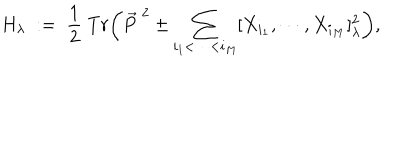
LaTeX: H _ { \lambda } \; : = \; \frac 1 2 \; T r \biggl ( \vec { P } ^ { \; 2 } \pm \sum _ { i _ { 1 } < \cdots < i _ { M } } [ X _ { i _ { 1 } } , \cdots , X _ { i _ { M } } ] _ { \lambda } ^ { 2 } \biggr ) ,